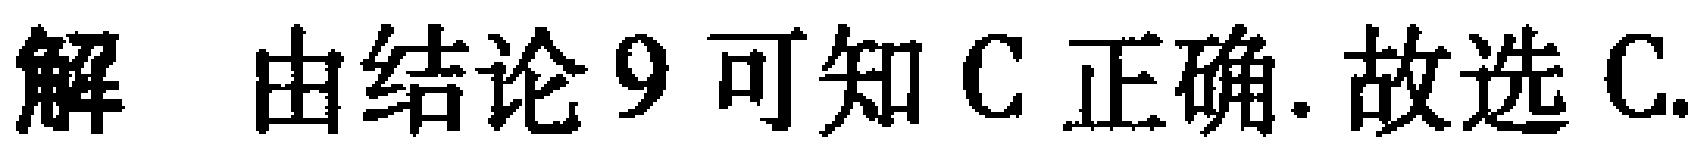
解 由结论9可知C正确. 故选C.